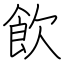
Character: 飲